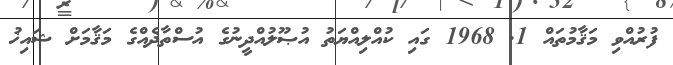
ފުރުއްވި މަޤާމުތައް 1. 1968 ގައި ކުއްލިއްޔަތު އުޞޫލުއްދީނުގެ އުސްތާޛެއްގެ މަޤާމަށް ޝައިޚު